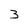
Character: 3